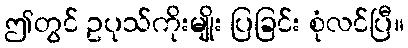
ဤတွင် ဥပုသ်ကိုးမျိုး ပြခြင်း စုံလင်ပြီ။